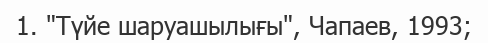
1. "Түйе шаруашылығы", Чапаев, 1993;